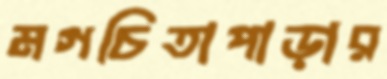
মগচিতাপাড়ার